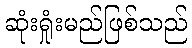
ဆုံးရှုံးမည်ဖြစ်သည်